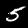
Digit: 5